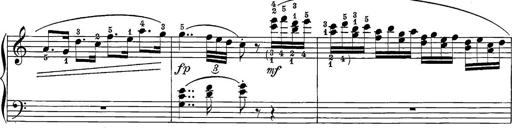
Title: 12 Sonatine per Pianoforte
Composer: Friedrich Kuhlau